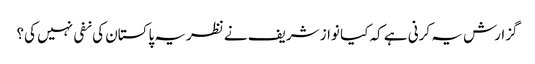
گزارش یہ کرنی ہے کہ کیا نواز شریف نے نظریہ پاکستان کی نفی نہیں کی؟